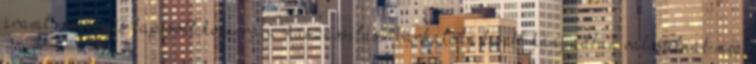
áramtermelés és kapcsolt hőenergia-hasznosítás. Várhatóan kisebb hányadban valósulnak meg